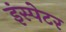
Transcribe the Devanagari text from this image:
इंस्पेटर